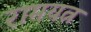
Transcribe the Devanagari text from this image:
रामयत्न